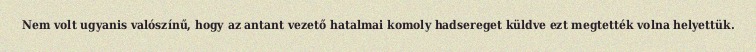
Nem volt ugyanis valószínű, hogy az antant vezető hatalmai komoly hadsereget küldve ezt megtették volna helyettük.